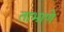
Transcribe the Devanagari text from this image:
ताभाणे